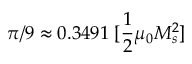
\pi / 9 \approx 0 . 3 4 9 1 \; [ \frac { 1 } { 2 } \mu _ { 0 } M _ { s } ^ { 2 } ]